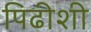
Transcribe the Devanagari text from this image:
पिढीशी